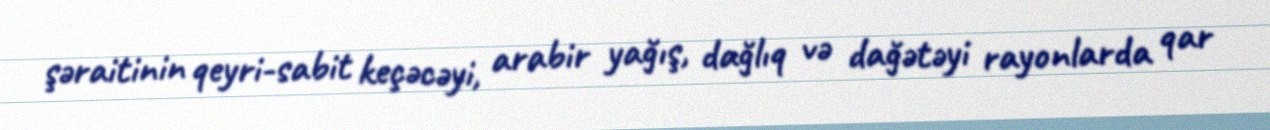
şəraitinin qeyri-sabit keçəcəyi, arabir yağış, dağlıq və dağətəyi rayonlarda qar